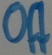
Text: Off